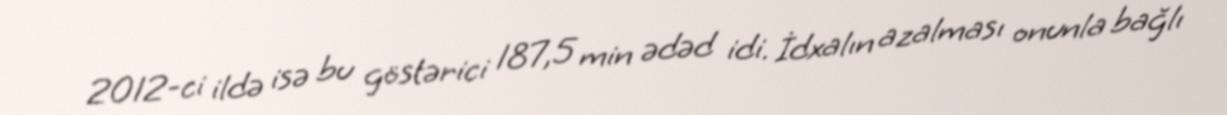
2012-ci ildə isə bu göstərici 187,5 min ədəd idi. İdxalın azalması onunla bağlı